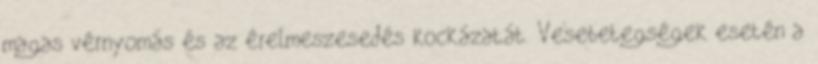
magas vérnyomás és az érelmeszesedés kockázatát. Vesebetegségek esetén a